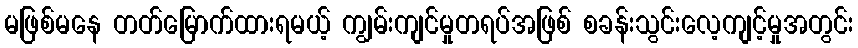
မဖြစ်မနေ တတ်မြောက်ထားရမယ့် ကျွမ်းကျင်မှုတရပ်အဖြစ် စခန်းသွင်းလေ့ကျင့်မှုအတွင်း